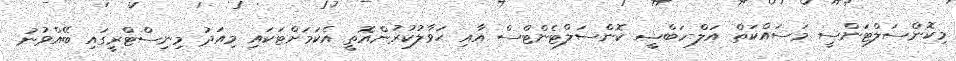
މިކޮންސަލްޓަންސީ މަސައްކަތް އަލް-ހަބްޝީ ކޮންސަލްޓެންޓްސް އާއި ޙަވާލުކުރުންއޮތީ އެކަމަށްޓަކައި މިއަދު މިނިސްޓްރީގައި ބޭއްވުނު